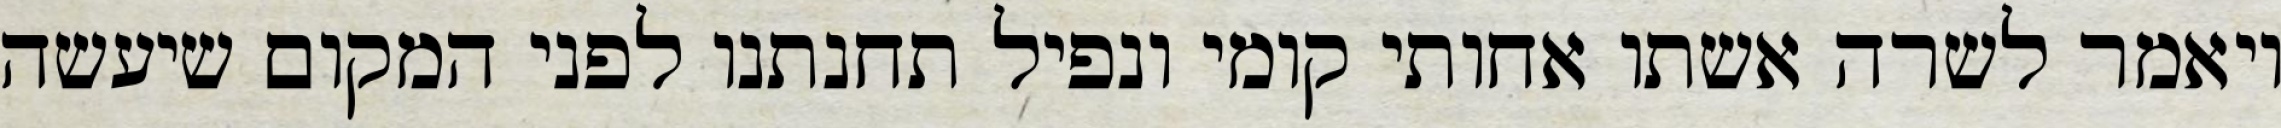
ויאמר לשרה אשתו אחותי קומי ונפיל תחנתנו לפני המקום שיעשה